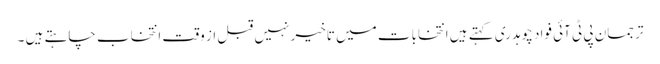
ترجمان پی ٹی آئی فواد چوہدری کہتے ہیں انتخابات میں تاخیر نہیں قبل از وقت انتخاب چاہتے ہیں ۔